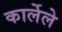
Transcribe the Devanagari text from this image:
कार्लेले